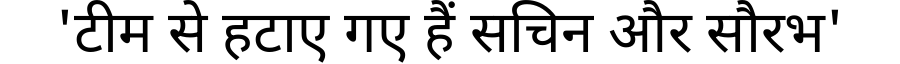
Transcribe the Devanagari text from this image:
'टीम से हटाए गए हैं सचिन और सौरभ'